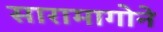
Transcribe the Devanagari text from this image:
सारामागोने